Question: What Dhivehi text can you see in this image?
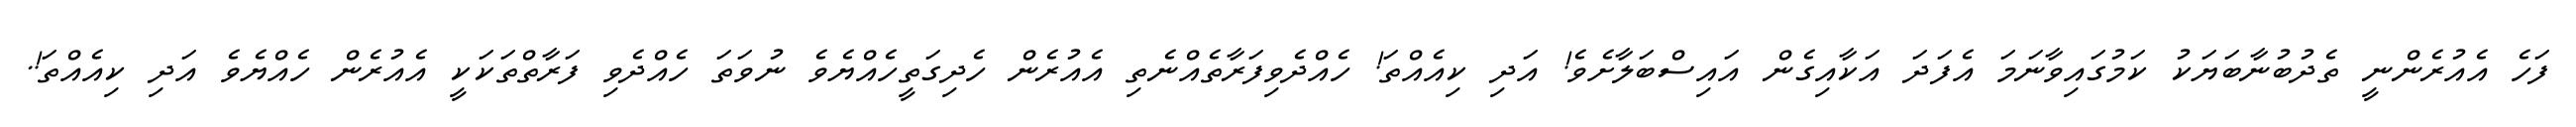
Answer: ފަހެ އެއުރެންނީ ތެދުބުނާބަޔަކު ކަމުގައިވާނަމަ އެފަދަ އަކާއިގެން އައިސްބަލާށެވެ! އަދި ކިއެއްތަ! ހެއްދެވިފަރާތެއްނެތި އެއުރެން ހެދިގަތީހެއްޔެވެ ނުވަތަ ހެއްދެވި ފަރާތްތަކަކީ އެއުރެން ހެއްޔެވެ އަދި ކިއެއްތަ!.